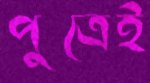
পুত্রেই